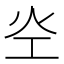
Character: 𰝷